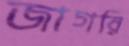
জাগরি